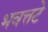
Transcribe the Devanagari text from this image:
भवत्तटे